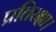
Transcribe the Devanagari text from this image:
प्रतिरक्षा।